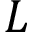
L